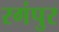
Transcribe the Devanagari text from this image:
रगंपुर